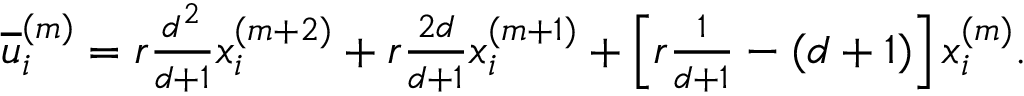
\begin{array} { r } { \overline { { u } } _ { i } ^ { \left( m \right) } = r \frac { d ^ { 2 } } { d + 1 } x _ { i } ^ { ( m + 2 ) } + r \frac { 2 d } { d + 1 } x _ { i } ^ { ( m + 1 ) } + \left[ r \frac { 1 } { d + 1 } - ( d + 1 ) \right] x _ { i } ^ { ( m ) } . } \end{array}